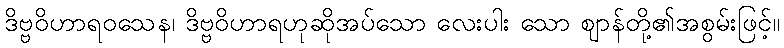
ဒိဗ္ဗဝိဟာရဝသေန၊ ဒိဗ္ဗဝိဟာရဟုဆိုအပ်သော လေးပါး သော ဈာန်တို့၏အစွမ်းဖြင့်။